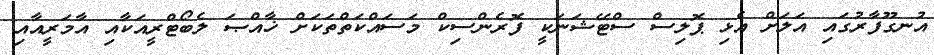
އުނގޫފާރުގައި އަލަށް އެޅި ޕޮލިސް ސްޓޭޝަނަކީ ފޮރެންސިކް މަސައްކަތްތަކަށް ޚާއްޞަ ލެބޯޓްރީއަކާއި އާމަރީއާއި